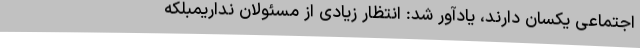
اجتماعی یکسان دارند، یادآور شد: انتظار زیادی از مسئولان نداریمبلکه